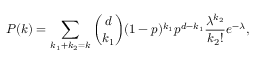
P ( k ) = \sum _ { k _ { 1 } + k _ { 2 } = k } \binom { d } { k _ { 1 } } ( 1 - p ) ^ { k _ { 1 } } p ^ { d - k _ { 1 } } \frac { \lambda ^ { k _ { 2 } } } { k _ { 2 } ! } e ^ { - \lambda } ,